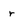
Character: r